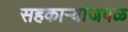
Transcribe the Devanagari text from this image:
सहकार्‍यांजवळ